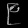
Digit: ၉